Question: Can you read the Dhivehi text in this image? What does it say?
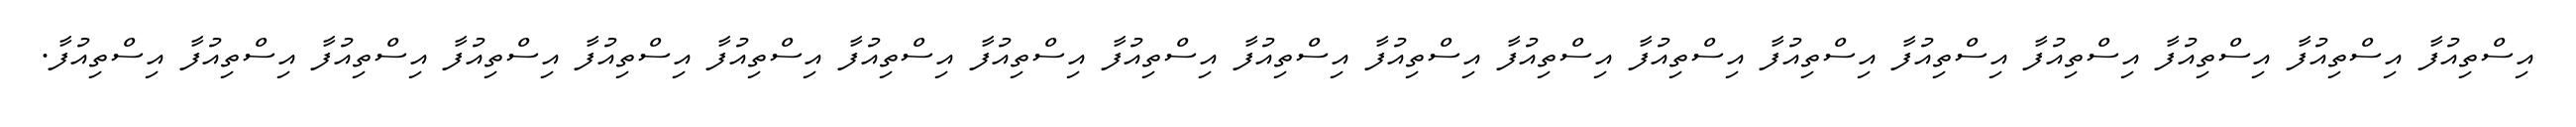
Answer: އިސްތިއުފާ އިސްތިއުފާ އިސްތިއުފާ އިސްތިއުފާ އިސްތިއުފާ އިސްތިއުފާ އިސްތިއުފާ އިސްތިއުފާ އިސްތިއުފާ އިސްތިއުފާ އިސްތިއުފާ އިސްތިއުފާ އިސްތިއުފާ އިސްތިއުފާ އިސްތިއުފާ އިސްތިއުފާ އިސްތިއުފާ އިސްތިއުފާ އިސްތިއުފާ.